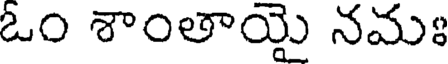
ఓం శాంతాయై నమః